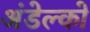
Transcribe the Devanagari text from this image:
अंडेल्को